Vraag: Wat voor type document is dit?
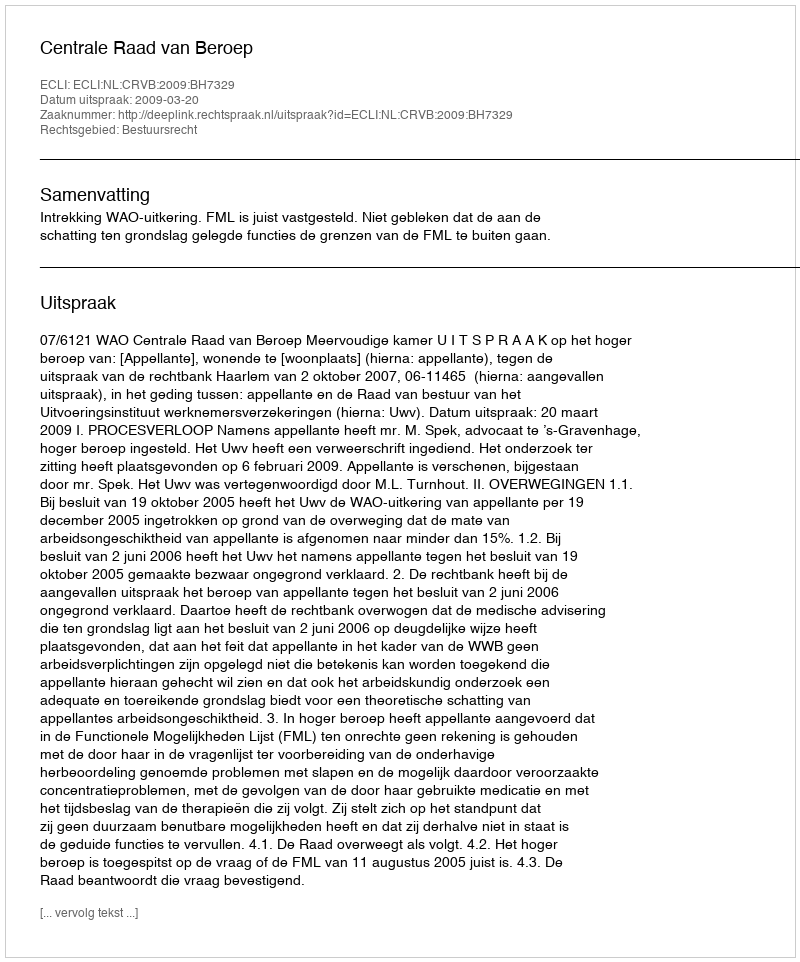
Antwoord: Uitspraak